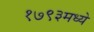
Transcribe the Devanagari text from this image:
१७९३मध्ये